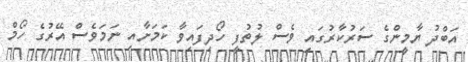
އަބްދު ޔާމީންގެ ސަރުކާރުގައި ވެސް ލުތުފީ ހޯދިފައިވާ ކަމަށާއި ނަމަވެސް އޭރުގެ ހޯމް